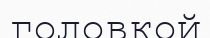
головкой